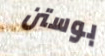
بوستن